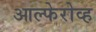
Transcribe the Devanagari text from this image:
आल्फेरोव्ह